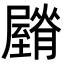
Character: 𦢡